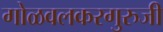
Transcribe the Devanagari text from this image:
गोळवलकरगुरुजी